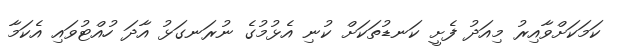
ކަމަކަށްވާއިރު މިއަދު ފެށީ ކަނޑުތަކަށް ކުނި އެޅުމުގެ ނުރަނގަޅު އާދަ ހުއްޓުވައި އެކަމާ